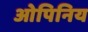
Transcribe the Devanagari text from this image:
ओपिनिय